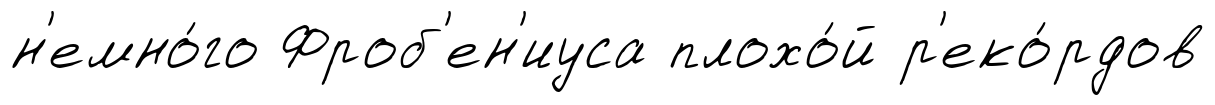
н'емно́го Фроб'ен'иуса плохо́й р'еко́рдов